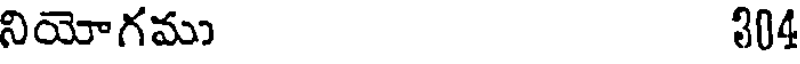
నియోగము 304